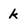
Character: k